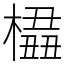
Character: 橻